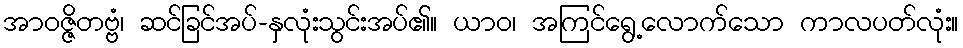
အာဝဇ္ဇိတဗ္ဗံ၊ ဆင်ခြင်အပ်-နှလုံးသွင်းအပ်၏။ ယာဝ၊ အကြင်ရွေ့လောက်သော ကာလပတ်လုံး။